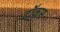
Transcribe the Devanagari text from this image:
टॉकस